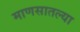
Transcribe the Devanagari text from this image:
माणसातल्या